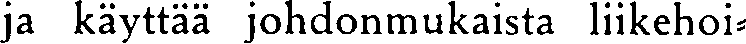
ja käyttää johdonmukaista liikehoi-